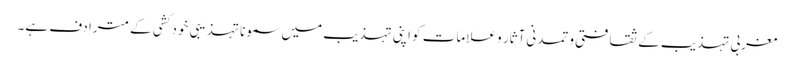
مغربی تہذیب کے ثقافتی و تمدنی آثار و علامات کو اپنی تہذیب میں سمونا تہذیبی خود کشی کے مترادف ہے۔